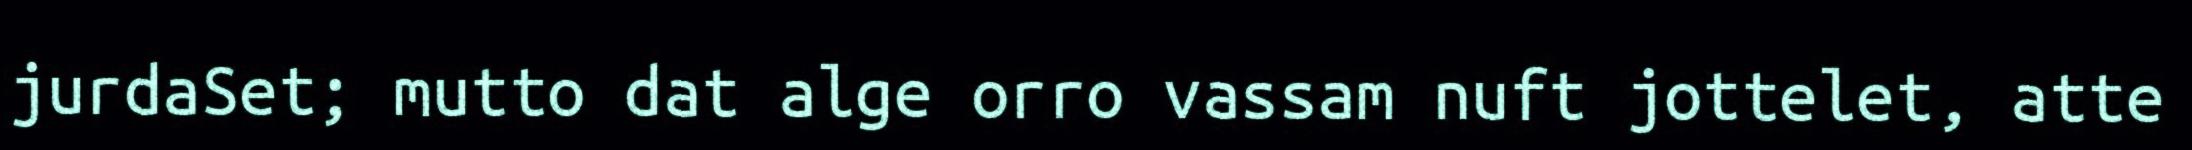
jurdaSet; mutto dat alge orro vassam nuft jottelet, atte